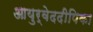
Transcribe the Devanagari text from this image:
आयुर्वेददीपिका